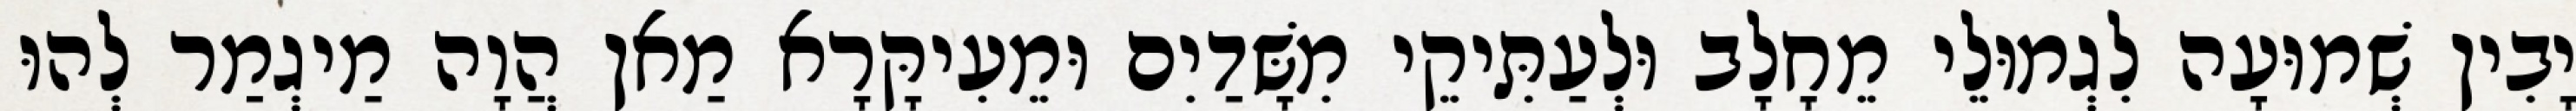
יָבִין שְׁמוּעָה לִגְמוּלֵי מֵחָלָב וּלְעַתִּיקֵי מִשָּׁדַיִם וּמֵעִיקָּרָא מַאן הֲוָה מַיגְמַר לְהוּ